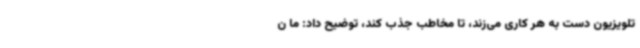
تلویزیون دست به هر کاری می‌زند، تا مخاطب جذب کند، توضیح داد: ما ن